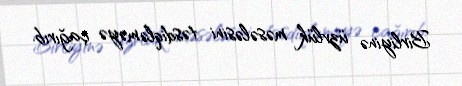
Birliyinə üzvlük məsələsini təsdiqləməyə çağırıb.